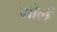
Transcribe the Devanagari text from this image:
गोर्ले